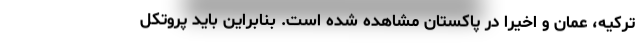
ترکیه، عمان و اخیرا در پاکستان مشاهده شده است. بنابراین باید پروتکل